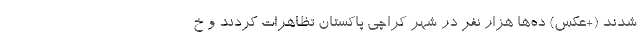
شدند (+عکس) ده‌ها هزار نفر در شهر کراچی پاکستان تظاهرات کردند و خ